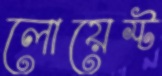
লোয়েস্ট